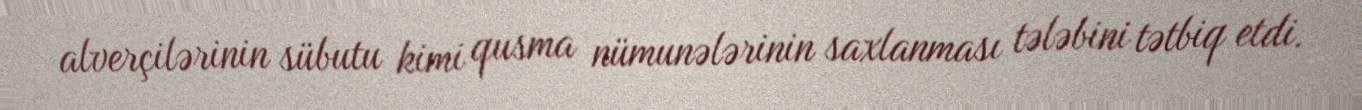
alverçilərinin sübutu kimi qusma nümunələrinin saxlanması tələbini tətbiq etdi.